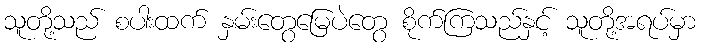
သူတို့သည် စပါးထက် နှမ်းတွေမြေပဲတွေ စိုက်ကြသည်နှင့် သူတို့အရပ်မှာ